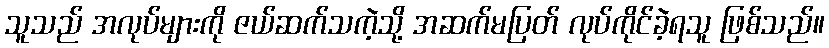
သူသည် အလုပ်များကို ဇယ်ဆက်သကဲ့သို့ အဆက်မပြတ် လုပ်ကိုင်ခဲ့ရသူ ဖြစ်သည်။